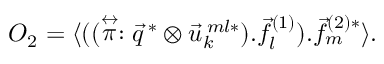
O _ { 2 } = { \langle } ( ( \stackrel { \leftrightarrow } { \pi } : \vec { q } ^ { \: * } \otimes { \vec { u } _ { k } ^ { \: m l * } ) } . { \vec { f } _ { l } ^ { ( 1 ) } } ) . { \vec { f } _ { m } ^ { ( 2 ) * } } { \rangle } .